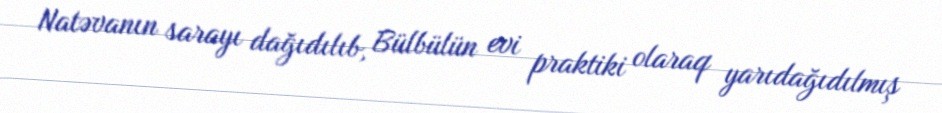
Natəvanın sarayı dağıdılıb, Bülbülün evi praktiki olaraq yarıdağıdılmış